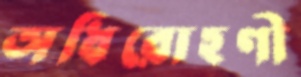
অধিরোহণী